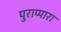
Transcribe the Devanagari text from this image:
पुराप्पारा